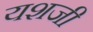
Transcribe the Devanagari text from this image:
यशजी